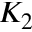
K _ { 2 }